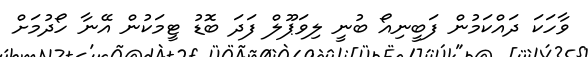
ވާހަކަ ދައްކަމުން ފަބީނިއޯ ބުނީ ލިވަޕޫލް ފަދަ ބޮޑު ޓީމަކުން އޭނާ ހޯދުމަށް